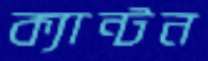
ক্যান্টন